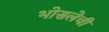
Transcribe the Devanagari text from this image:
भोसलेची